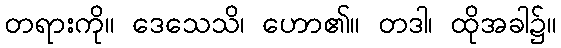
တရားကို။ ဒေသေသိ၊ ဟော၏။ တဒါ၊ ထိုအခါ၌။